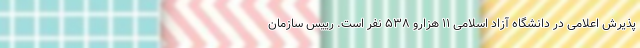
پذیرش اعلامی در دانشگاه آزاد اسلامی ۱۱ هزارو ۵۳۸ نفر است. رییس سازمان